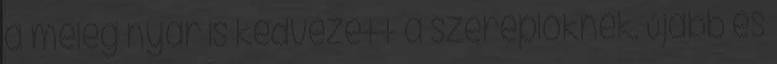
a meleg nyár is kedvezett a szereplőknek. Újabb és